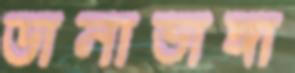
ডানাভাঙ্গা